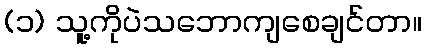
(၁) သူ့ကိုပဲသဘောကျစေချင်တာ။